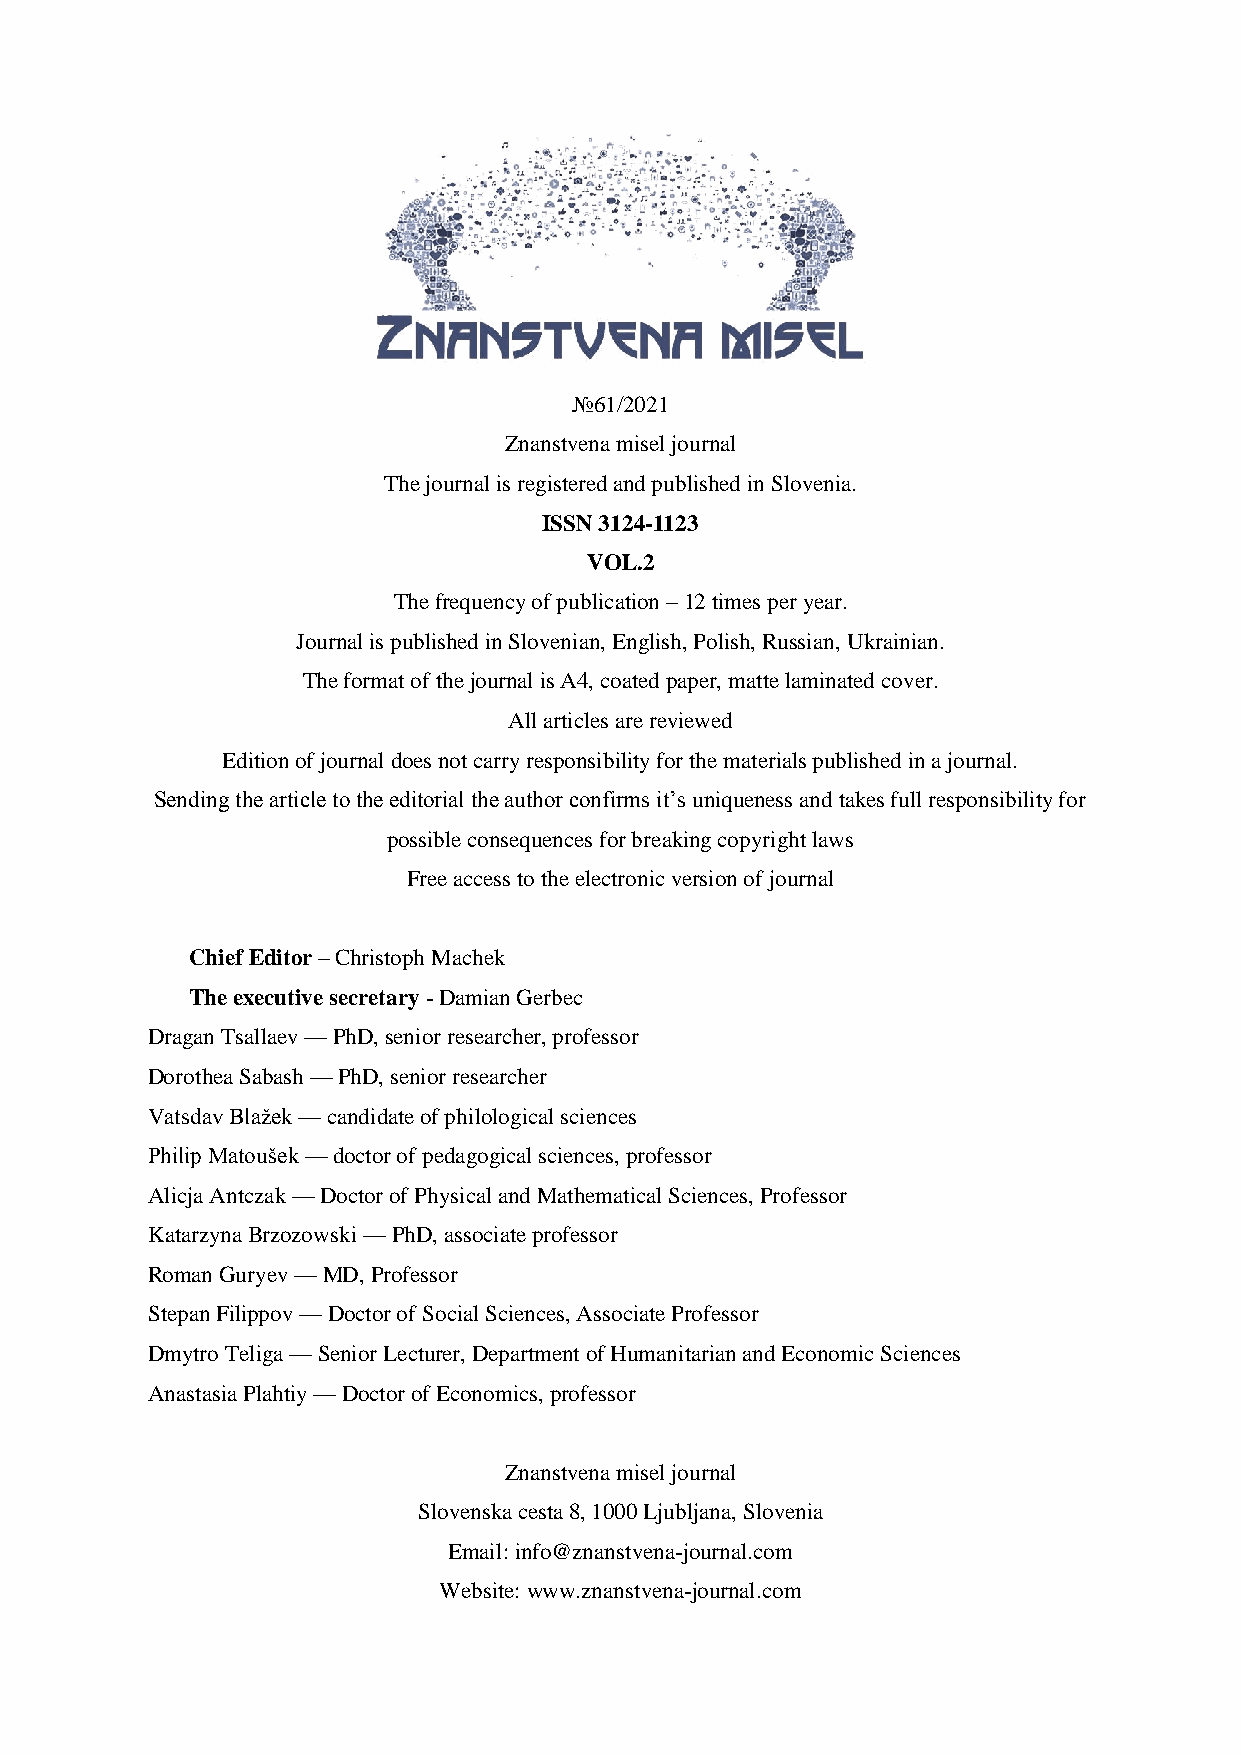
№61/2021
 Znanstvena misel journal
 The journal is registered and published in Slovenia.
 ISSN 3124-1123
 VOL.2
 The frequency of publication – 12 times per year.
 Journal is published in Slovenian, English, Polish, Russian, Ukrainian.
 The format of the journal is A4, coated paper, matte laminated cover.
 All articles are reviewed
 Edition of journal does not carry responsibility for the materials published in a journal.
 Sending the article to the editorial the author confirms it’s uniqueness and takes full responsibility for
 possible consequences for breaking copyright laws
 Free access to the electronic version of journal
 Chief Editor – Christoph Machek
 The executive secretary - Damian Gerbec
 Dragan Tsallaev — PhD, senior researcher, professor
 Dorothea Sabash — PhD, senior researcher
 Vatsdav Blažek — candidate of philological sciences
 Philip Matoušek — doctor of pedagogical sciences, professor
 Alicja Antczak — Doctor of Physical and Mathematical Sciences, Professor
 Katarzyna Brzozowski — PhD, associate professor
 Roman Guryev — MD, Professor
 Stepan Filippov — Doctor of Social Sciences, Associate Professor
 Dmytro Teliga — Senior Lecturer, Department of Humanitarian and Economic Sciences
 Anastasia Plahtiy — Doctor of Economics, professor
 Znanstvena misel journal
 Slovenska cesta 8, 1000 Ljubljana, Slovenia
 Email: info@znanstvena-journal.com
 Website: www.znanstvena-journal.com